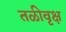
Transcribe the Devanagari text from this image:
तळीवृक्ष